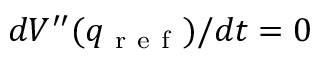
d V ^ { \prime \prime } ( q _ { \mathrm { ~ r ~ e ~ f ~ } } ) / d t = 0